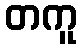
တကူ